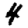
Digit: 4